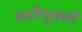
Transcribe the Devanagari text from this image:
बर्टोलुक्सी